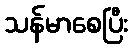
သန်မာစေပြီး